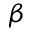
\beta